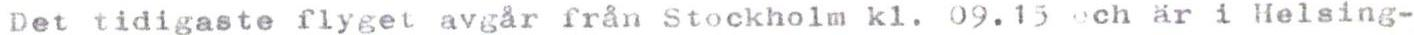
Det tidigaste flyget avgår från Stockholm kl. 09.15 och är i Helsing-